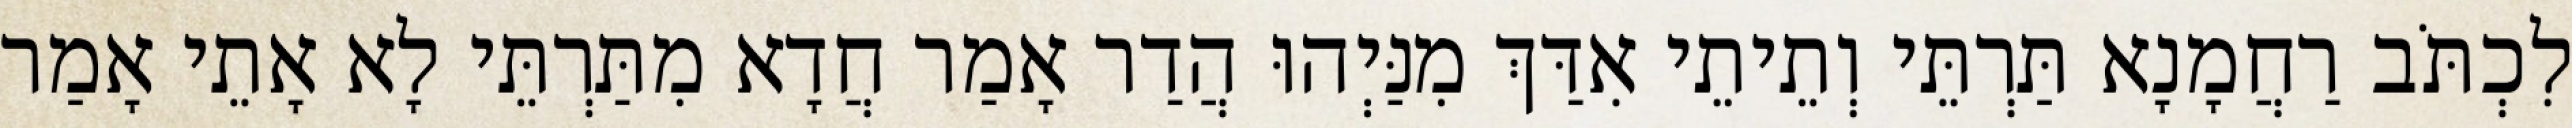
לִכְתֹּב רַחֲמָנָא תַּרְתֵּי וְתֵיתֵי אִדַּךְ מִנַּיְהוּ הֲדַר אָמַר חֲדָא מִתַּרְתֵּי לָא אָתֵי אָמַר